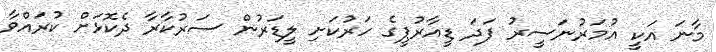
މާނަ އަކީ އުމަރުނަސީރު ފަދަ ޑީއާރުޕީގެ ހަރުކަށި ލީޑަރުން ސަރުކާރާ ދެކޮޅަށް ކުރައްވާ